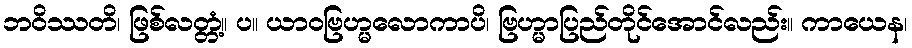
ဘဝိဿတိ၊ ဖြစ်လတ္တံ့။ ပ။ ယာဝဗြဟ္မလောကာပိ၊ ဗြဟ္မာပြည်တိုင်အောင်လည်း။ ကာယေန၊